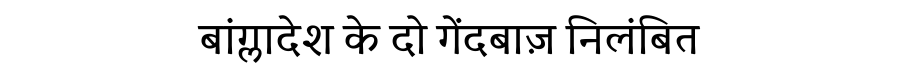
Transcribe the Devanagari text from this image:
बांग्लादेश के दो गेंदबाज़ निलंबित